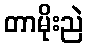
တာမိုးညဲ